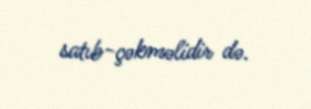
satıb-çəkməlidir də.